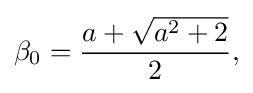
{\begin{aligned}\beta _{0}={\frac {a+{\sqrt {a^{2}+2}}}{2}},\end{aligned}}